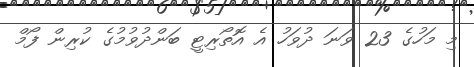
މި މަހުގެ 23 ވަނަ ދުވަހު އެ އޮތޯރިޓީ ބަންދުވުމުގެ ކުރިން ފޯމް